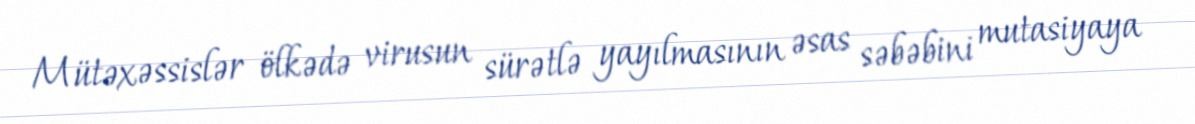
Mütəxəssislər ölkədə virusun sürətlə yayılmasının əsas səbəbini mutasiyaya